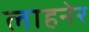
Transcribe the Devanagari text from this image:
लाहनेर